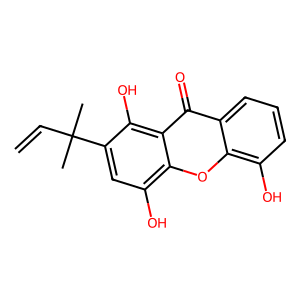
SMILES: C=CC(C)(C)c1cc(O)c2oc3c(O)cccc3c(=O)c2c1O
Inhibits HIV replication: No